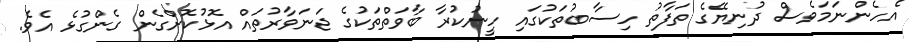
އެހެންނަމަވެސް ދުނިޔޭގެ ތަފާތު ހިސާބުތަކުގައި ހީނުކުރާ ބާވަތްތަކުގެ ޖަނަވާރުތައް އޮޅުކޮށްގެން ގެންގުޅެ އެވެ.